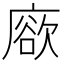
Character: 𢊦